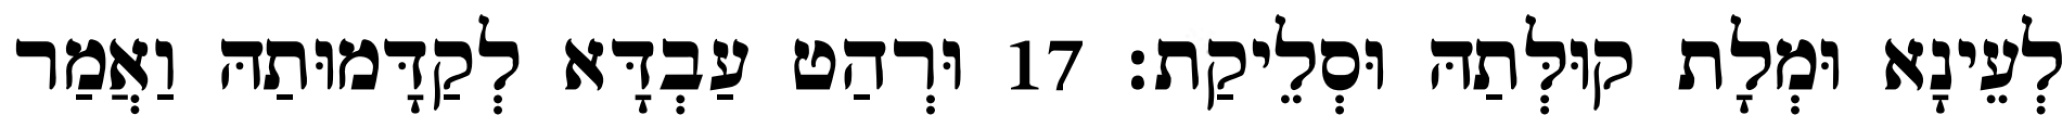
לְעֵינָא וּמְלָת קוּלְּתַהּ וּסְלֵיקַת׃ 17 וּרְהַט עַבְדָּא לְקַדָּמוּתַהּ וַאֲמַר